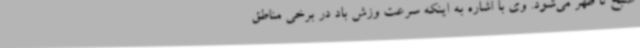
صبح تا ظهر می‌شود. وی با اشاره به اینکه سرعت وزش باد در برخی مناطق